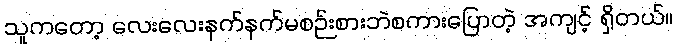
သူကတော့ လေးလေးနက်နက်မစဉ်းစားဘဲစကားပြောတဲ့ အကျင့် ရှိတယ်။